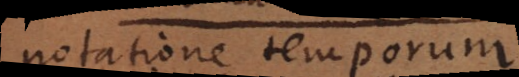
notatione temporum.